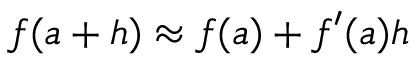
f ( a + h ) \approx f ( a ) + f ^ { \prime } ( a ) h